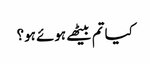
کیا تم بیٹھے ہوئے ہو؟